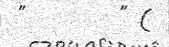
"        " (